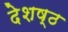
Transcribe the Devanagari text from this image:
देशष्ठ